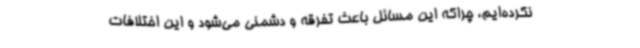
نکرده‌ایم، چراکه این مسائل باعث تفرقه و دشمنی می‌شود و این اختلافات